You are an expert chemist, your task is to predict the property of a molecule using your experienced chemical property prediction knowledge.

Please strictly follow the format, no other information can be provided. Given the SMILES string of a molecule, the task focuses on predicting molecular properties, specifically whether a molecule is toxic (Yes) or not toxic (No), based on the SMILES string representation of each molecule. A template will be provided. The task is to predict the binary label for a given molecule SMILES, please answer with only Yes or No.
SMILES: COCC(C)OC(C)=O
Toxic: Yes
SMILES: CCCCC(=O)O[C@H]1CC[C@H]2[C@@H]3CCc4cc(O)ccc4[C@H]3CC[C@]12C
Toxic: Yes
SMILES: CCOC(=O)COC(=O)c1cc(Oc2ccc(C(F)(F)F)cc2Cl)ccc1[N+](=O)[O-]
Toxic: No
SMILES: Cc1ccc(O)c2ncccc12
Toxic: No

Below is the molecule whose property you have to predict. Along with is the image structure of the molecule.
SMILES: CCC1(c2ccccc2)C(=O)NC(=O)N(C(=O)c2ccccc2)C1=O
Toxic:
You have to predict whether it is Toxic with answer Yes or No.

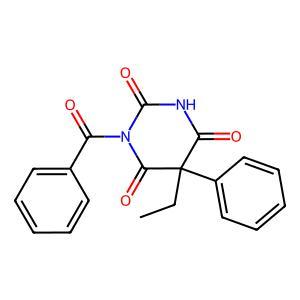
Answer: No